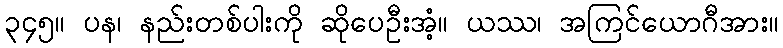
၃၄၅။ ပန၊ နည်းတစ်ပါးကို ဆိုပေဦးအံ့။ ယဿ၊ အကြင်ယောဂီအား။